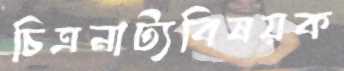
চিত্রনাট্যবিষয়ক